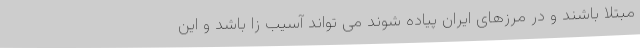
مبتلا باشند و در مرزهای ایران پیاده شوند می تواند آسیب زا باشد و این